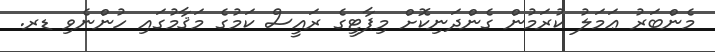
މެންބަރު ޢަމަލު ކުރަމުން ގެންދަނިކޮށް މިޕާޓީގެ ރައީސް ކަމުގެ މަޤާމުގައި ހުންނެވި ޑރ.